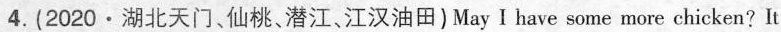
4. (2020·湖北天门、仙桃、潜江、江汉油田)May I have some more chicken?It